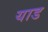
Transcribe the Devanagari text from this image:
याड